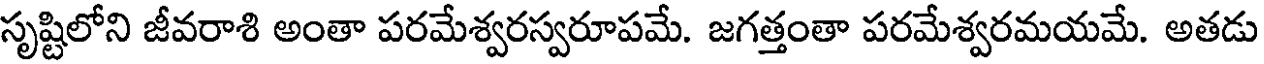
సృష్టిలోని జీవరాశి అంతా పరమేశ్వరస్వరూపమే. జగత్తంతా పరమేశ్వరమయమే. అతడు